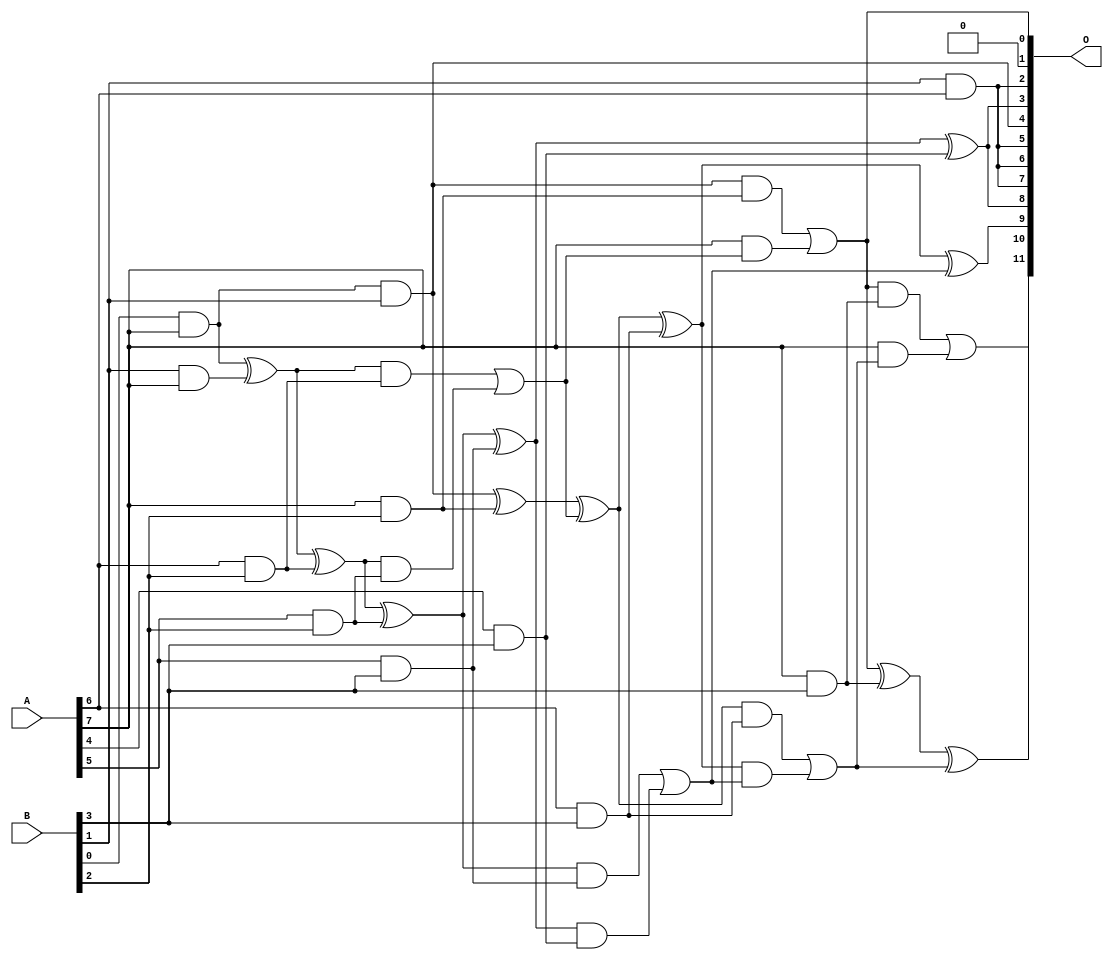
/***
* This code is a part of EvoApproxLib library (ehw.fit.vutbr.cz/approxlib) distributed under The MIT License.
* When used, please cite the following article(s): V. Mrazek, L. Sekanina, Z. Vasicek "Libraries of Approximate Circuits: Automated Design and Application in CNN Accelerators" IEEE Journal on Emerging and Selected Topics in Circuits and Systems, Vol 10, No 4, 2020 
* This file contains a circuit from a sub-set of pareto optimal circuits with respect to the pwr and mse parameters
***/
// MAE% = 1.71 %
// MAE = 70 
// WCE% = 6.67 %
// WCE = 273 
// WCRE% = 106.25 %
// EP% = 92.65 %
// MRE% = 22.99 %
// MSE = 7822 
// PDK45_PWR = 0.032 mW
// PDK45_AREA = 108.4 um2
// PDK45_DELAY = 0.47 ns

module mul8x4u_1RU (
    A,
    B,
    O
);

input [7:0] A;
input [3:0] B;
output [11:0] O;

wire sig_26,sig_28,sig_56,sig_57,sig_60,sig_61,sig_66,sig_67,sig_68,sig_69,sig_97,sig_98,sig_99,sig_100,sig_101,sig_102,sig_103,sig_104,sig_105,sig_106;
wire sig_112,sig_114,sig_137,sig_138,sig_139,sig_140,sig_141,sig_142,sig_143,sig_144,sig_145,sig_146,sig_147,sig_148,sig_149,sig_150,sig_151;

assign sig_26 = A[6] & B[3];
assign sig_28 = B[1] & A[7];
assign sig_56 = B[0] & A[7];
assign sig_57 = B[1] & A[6];
assign sig_60 = sig_56 & B[1];
assign sig_61 = sig_56 ^ sig_28;
assign sig_66 = A[4] & B[3];
assign sig_67 = A[5] & B[2];
assign sig_68 = A[6] & B[2];
assign sig_69 = A[7] & B[2];
assign sig_97 = sig_61 ^ sig_68;
assign sig_98 = sig_61 & sig_68;
assign sig_99 = sig_97 & sig_67;
assign sig_100 = sig_97 ^ sig_67;
assign sig_101 = sig_98 | sig_99;
assign sig_102 = sig_60 ^ sig_69;
assign sig_103 = sig_60 & sig_69;
assign sig_104 = A[7] & sig_101;
assign sig_105 = sig_102 ^ sig_101;
assign sig_106 = sig_103 | sig_104;
assign sig_112 = A[5] & B[3];
assign sig_114 = A[7] & B[3];
assign sig_137 = sig_100 ^ sig_112;
assign sig_138 = sig_100 & sig_112;
assign sig_139 = sig_137 & sig_66;
assign sig_140 = sig_137 ^ sig_66;
assign sig_141 = sig_138 | sig_139;
assign sig_142 = sig_105 ^ sig_26;
assign sig_143 = sig_105 & sig_26;
assign sig_144 = sig_142 & sig_141;
assign sig_145 = sig_142 ^ sig_141;
assign sig_146 = sig_143 | sig_144;
assign sig_147 = sig_106 ^ sig_114;
assign sig_148 = sig_106 & sig_114;
assign sig_149 = A[7] & sig_146;
assign sig_150 = sig_147 ^ sig_146;
assign sig_151 = sig_148 | sig_149;

assign O[11] = sig_151;
assign O[10] = sig_150;
assign O[9] = sig_145;
assign O[8] = sig_140;
assign O[7] = sig_57;
assign O[6] = sig_57;
assign O[5] = sig_57;
assign O[4] = sig_60;
assign O[3] = sig_140;
assign O[2] = sig_57;
assign O[1] = 1'b0;
assign O[0] = sig_106;

endmodule